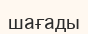
шағады